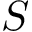
S